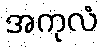
အကုလံ